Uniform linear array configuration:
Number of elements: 24
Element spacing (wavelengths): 0.5
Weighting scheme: hann
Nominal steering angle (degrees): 45
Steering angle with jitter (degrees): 45.111
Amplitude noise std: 0.05
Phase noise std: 0.05

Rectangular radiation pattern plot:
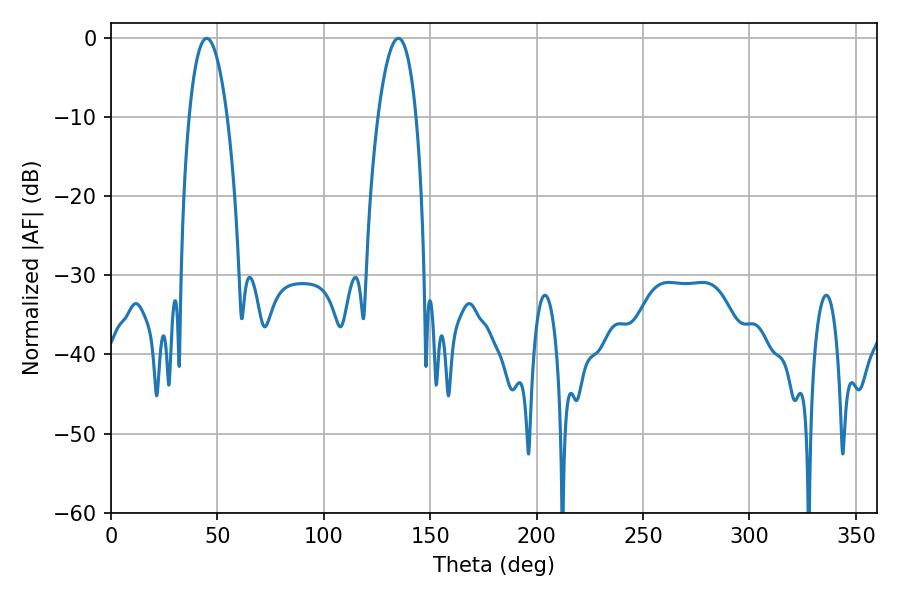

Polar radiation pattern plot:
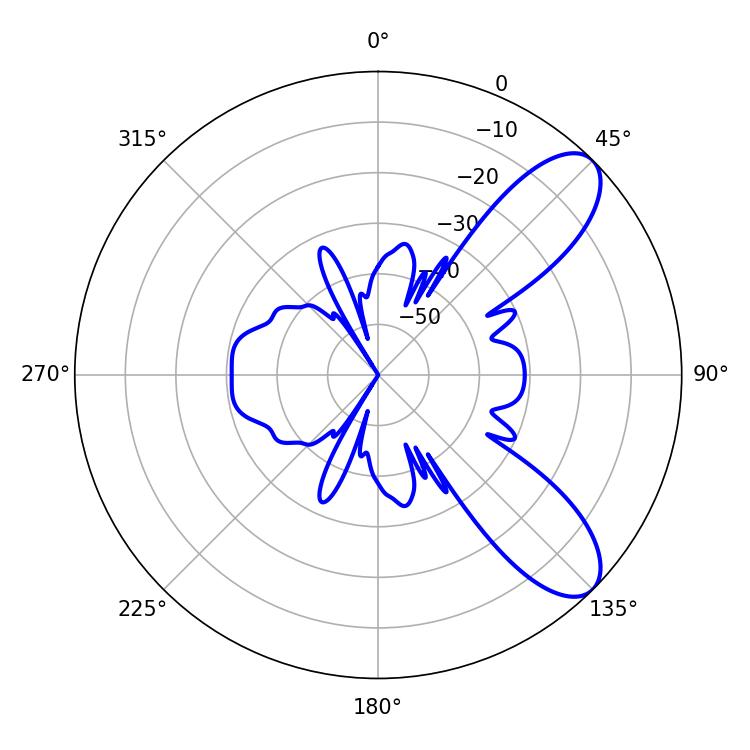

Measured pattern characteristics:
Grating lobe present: FALSE
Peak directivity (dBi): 8.806
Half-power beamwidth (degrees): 10.08
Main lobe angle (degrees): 45